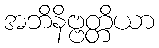
အဘိနိဗ္ဗတ္တိယာ